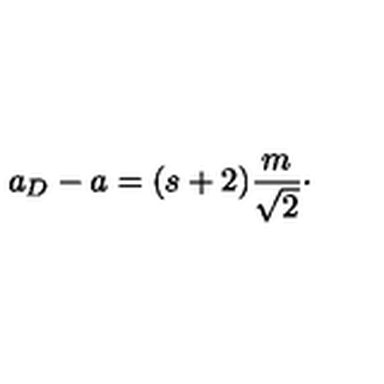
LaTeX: a _ { D } - a = ( s + 2 ) { \frac { m } { \sqrt { 2 } } } \cdotp